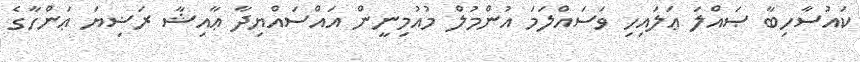
ކައުސާހިބާ ޞައްލަ ޢަލައިހި ވަސައްލަމަ އުންމުލް މުއުމިނީން އައްސައްޔިދާ ޢާއިޝާ ރަޟިޔަ ޢަންހާގެ